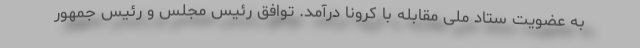
به عضویت ستاد ملی مقابله با کرونا درآمد. توافق رئیس مجلس و رئیس جمهور